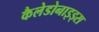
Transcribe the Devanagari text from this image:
कैलेडोनाइड्स